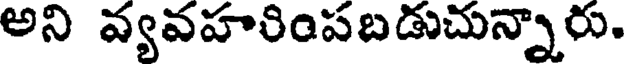
అని వ్యవహరింపబడుచున్నారు.